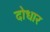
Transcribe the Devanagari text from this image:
दोधार